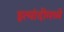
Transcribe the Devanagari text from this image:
इत्यांदीमध्ये